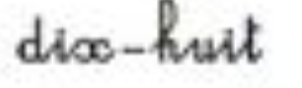
dix-huit